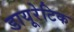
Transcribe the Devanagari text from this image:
डायूरेटिक